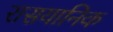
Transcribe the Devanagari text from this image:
रासयानिक